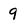
Character: 9